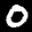
Label: 0